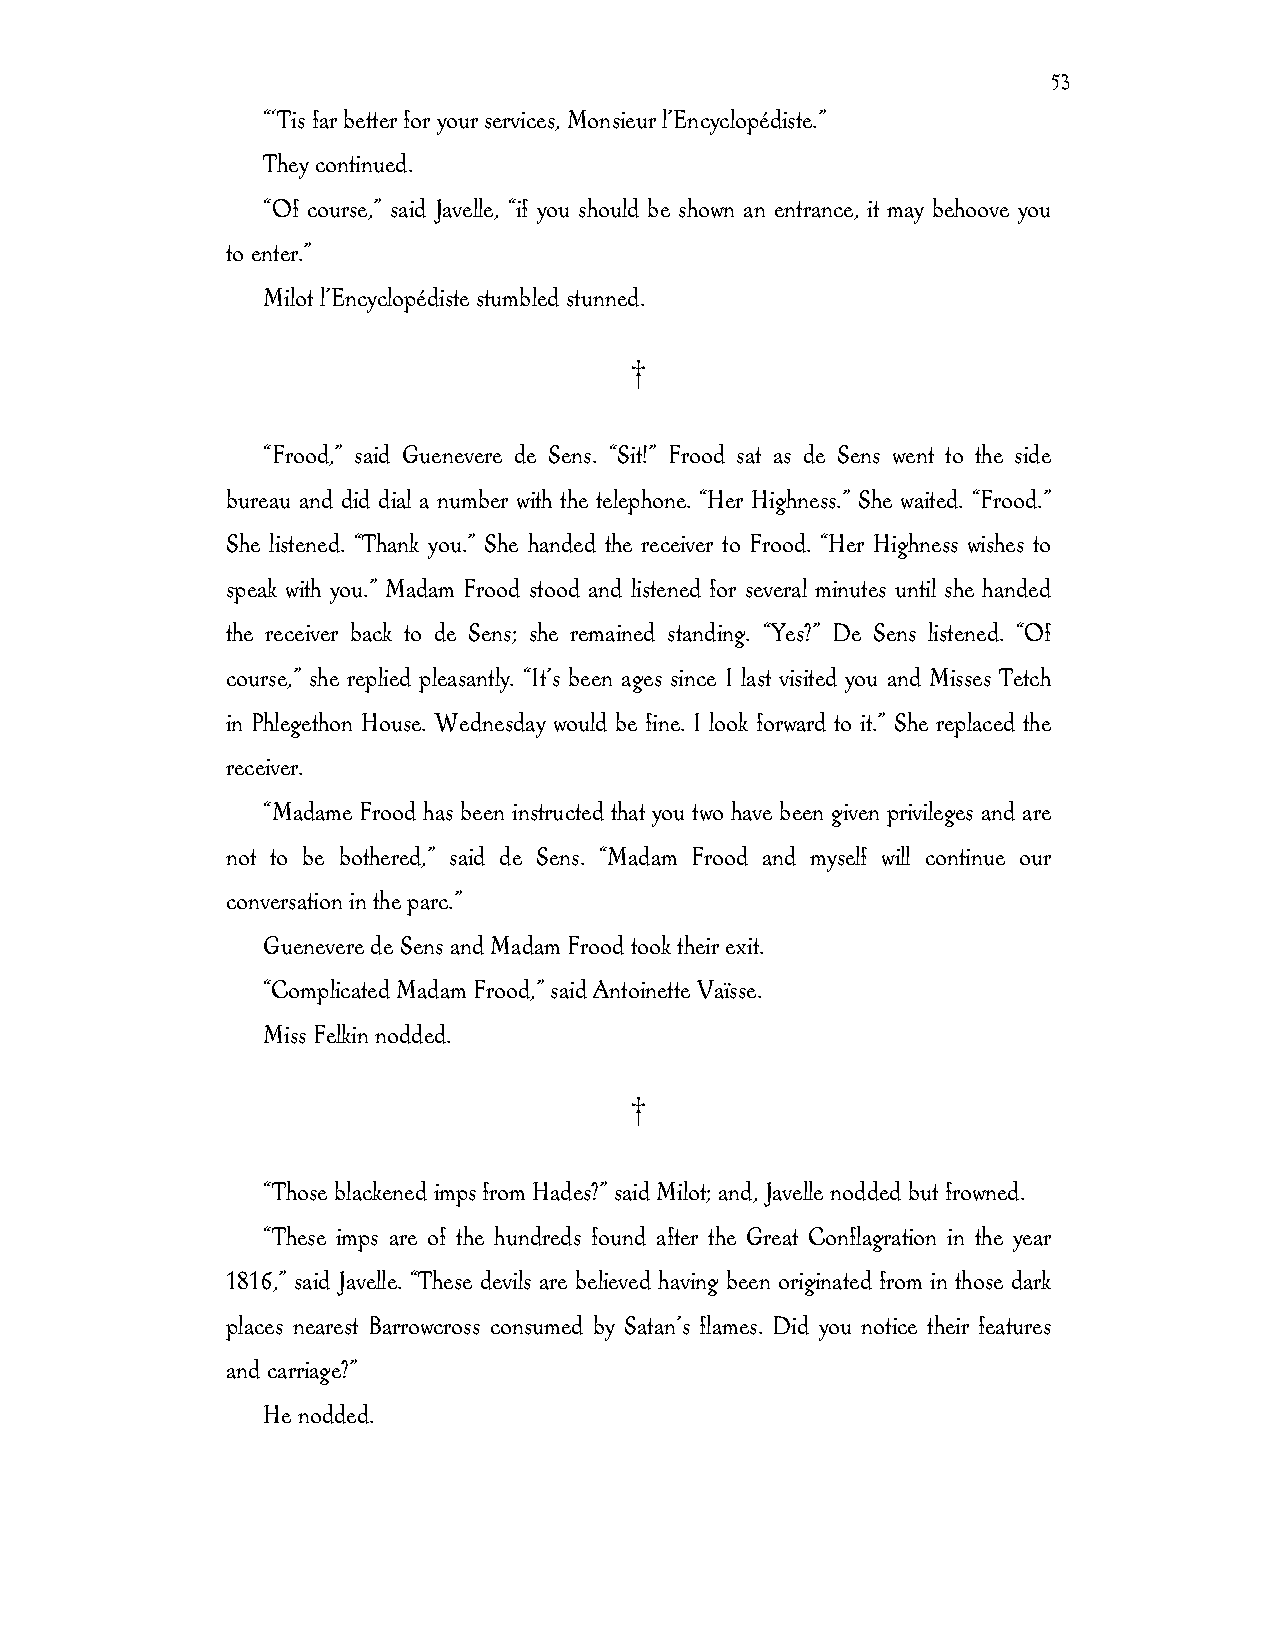
53
 “‘Tis far better for your services, Monsieur l’Encyclopédiste.”
 They continued.
 “Of course,” said Javelle, “if you should be shown an entrance, it may behoove you
 to enter.”
 Milot l’Encyclopédiste stumbled stunned.
 †
 “Frood,” said Guenevere de Sens. “Sit!” Frood sat as de Sens went to the side
 bureau and did dial a number with the telephone. “Her Highness.” She waited. “Frood.”
 She listened. “Thank you.” She handed the receiver to Frood. “Her Highness wishes to
 speak with you.” Madam Frood stood and listened for several minutes until she handed
 the receiver back to de Sens; she remained standing. “Yes?” De Sens listened. “Of
 course,” she replied pleasantly. “It’s been ages since I last visited you and Misses Tetch
 in Phlegethon House. Wednesday would be fine. I look forward to it.” She replaced the
 receiver.
 “Madame Frood has been instructed that you two have been given privileges and are
 not to be bothered,” said de Sens. “Madam Frood and myself will continue our
 conversation in the parc.”
 Guenevere de Sens and Madam Frood took their exit.
 “Complicated Madam Frood,” said Antoinette Vaïsse.
 Miss Felkin nodded.
 †
 “Those blackened imps from Hades?” said Milot; and, Javelle nodded but frowned.
 “These imps are of the hundreds found after the Great Conflagration in the year
 1816,” said Javelle. “These devils are believed having been originated from in those dark
 places nearest Barrowcross consumed by Satan’s flames. Did you notice their features
 and carriage?”
 He nodded.